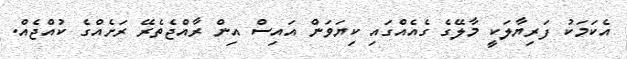
އެކަމަކު ފަރިޔާލަކީ މާލޭގެ ގެއެއްގައި ކިޔަވަން އައިސް އިން ރާއްޖެތެރޭ ރަށެއްގެ ކުއްޖެއް.